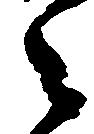
之